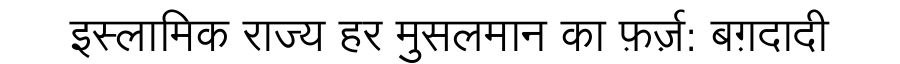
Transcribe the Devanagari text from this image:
इस्लामिक राज्य हर मुसलमान का फ़र्ज़: बग़दादी